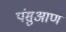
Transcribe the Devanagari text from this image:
पंसुआण